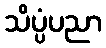
သိပ္ပံပညာ